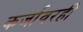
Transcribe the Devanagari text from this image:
कर्जावरही